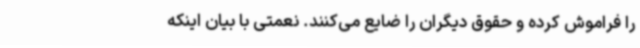
را فراموش کرده‌ و حقوق دیگران را ضایع می‌کنند. نعمتی با بیان اینکه